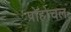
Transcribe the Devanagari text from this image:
पोहोचल